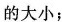
的大小；